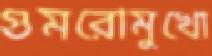
গুমরোমুখো